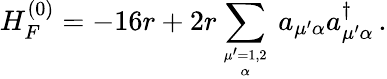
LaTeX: H_{F}^{(0)}=-16r+2r\sum_{{\mu^{\prime}=1,2}\atop\alpha}\, a_{\mu^{\prime}\alpha}a_{\mu^{\prime}\alpha}^{\dagger}\, .